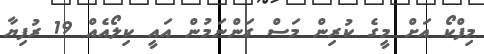
މިފްކޯ އަށް މީގެ ކުރިން މަސް ގަންނަމުން އައީ ކިލޯއެއް 19 ރުފިޔާ